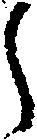
う